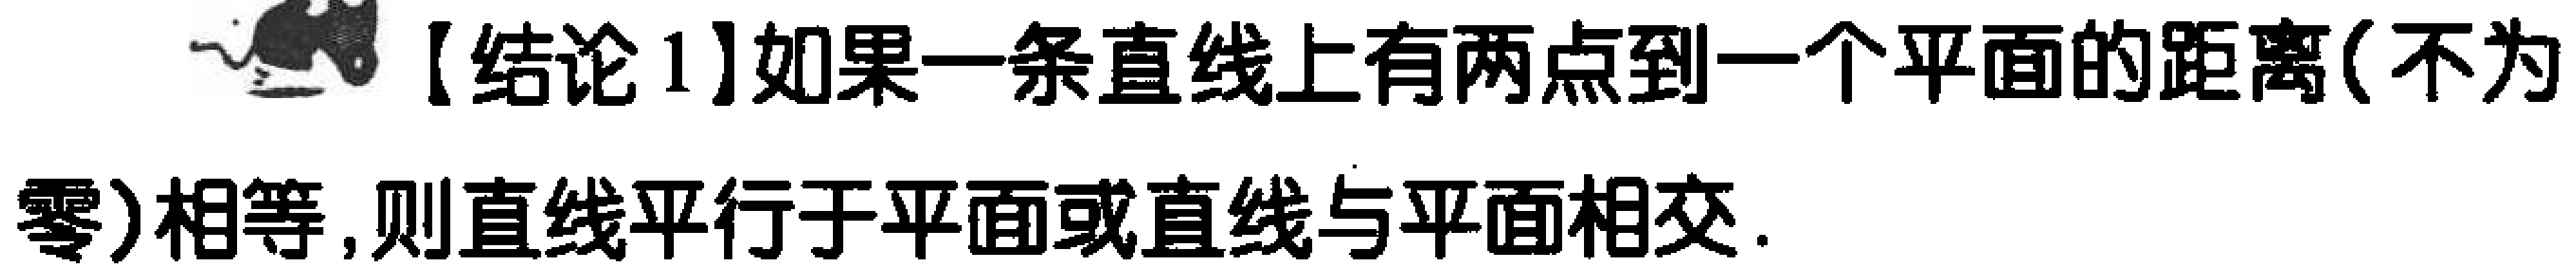
【结论1】如果一条直线上有两点到一个平面的距离(不为零)相等,则直线平行于平面或直线与平面相交.